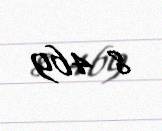
8 469